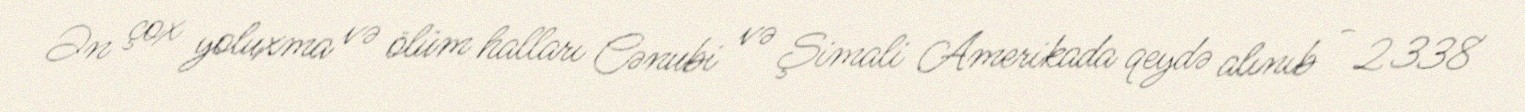
Ən çox yoluxma və ölüm halları Cənubi və Şimali Amerikada qeydə alınıb - 2 338